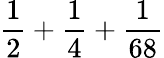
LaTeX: {\frac{1}{2}}+{\frac{1}{4}}+{\frac{1}{68}}